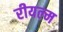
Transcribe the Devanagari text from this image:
रीयल्म